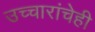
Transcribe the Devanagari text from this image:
उच्चारांचेही